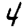
Digit: 4